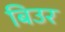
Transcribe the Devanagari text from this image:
बिउर